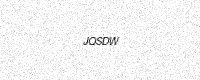
Text: JQSDW